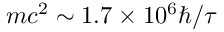
m c ^ { 2 } \sim 1 . 7 \times 1 0 ^ { 6 } \hbar / \tau